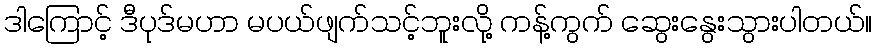
ဒါကြောင့် ဒီပုဒ်မဟာ မပယ်ဖျက်သင့်ဘူးလို့ ကန့်ကွက် ဆွေးနွေးသွားပါတယ်။